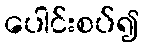
ပေါင်းစပ်၍